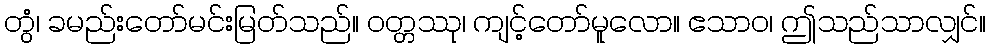
တွံ၊ ခမည်းတော်မင်းမြတ်သည်။ ဝတ္တဿု၊ ကျင့်တော်မူလော။ ဧသာဝ၊ ဤသည်သာလျှင်။